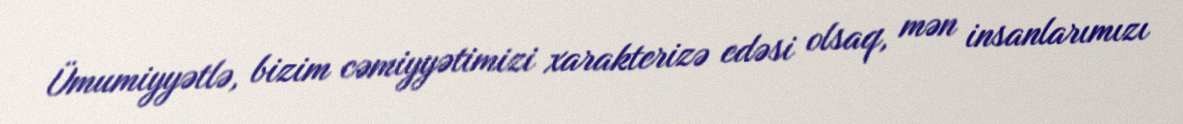
Ümumiyyətlə, bizim cəmiyyətimizi xarakterizə edəsi olsaq, mən insanlarımızı